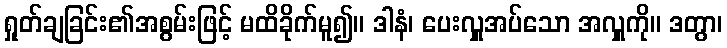
ရှုတ်ချခြင်း၏အစွမ်းဖြင့် မထိခိုက်မူ၍။ ဒါနံ၊ ပေးလှူအပ်သော အလှူကို။ ဒတွာ၊